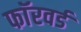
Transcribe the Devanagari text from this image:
फाॅरवर्ड